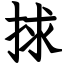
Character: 捄